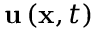
{ \bf u } \left( { \bf x } , t \right)